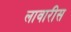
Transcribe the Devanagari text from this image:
लावारीस